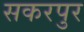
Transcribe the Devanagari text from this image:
सकरपुर